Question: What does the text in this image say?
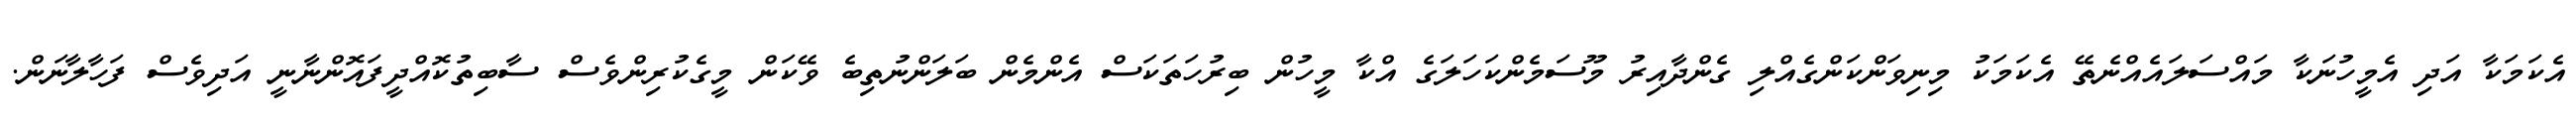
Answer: އެކަމަކާ އަދި އެމީހުނަކާ މައްސަލައެއްނެތޭ އެކަމަކު މިނިވަންކަންގެއްލި ގެންދާއިރު މޫސަމެންކަހަލަގެ އްކާ މީހުން ބިރުހަތަކަސް އެންމެން ބަލަންނުތިބެ ވޭކަން މީގެކުރިންވެސް ސާބިތުކޮއްދީފައޮންނާނީ އަދިވެސް ފަހާލާނަން.